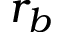
r _ { b }